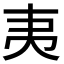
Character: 𭑅